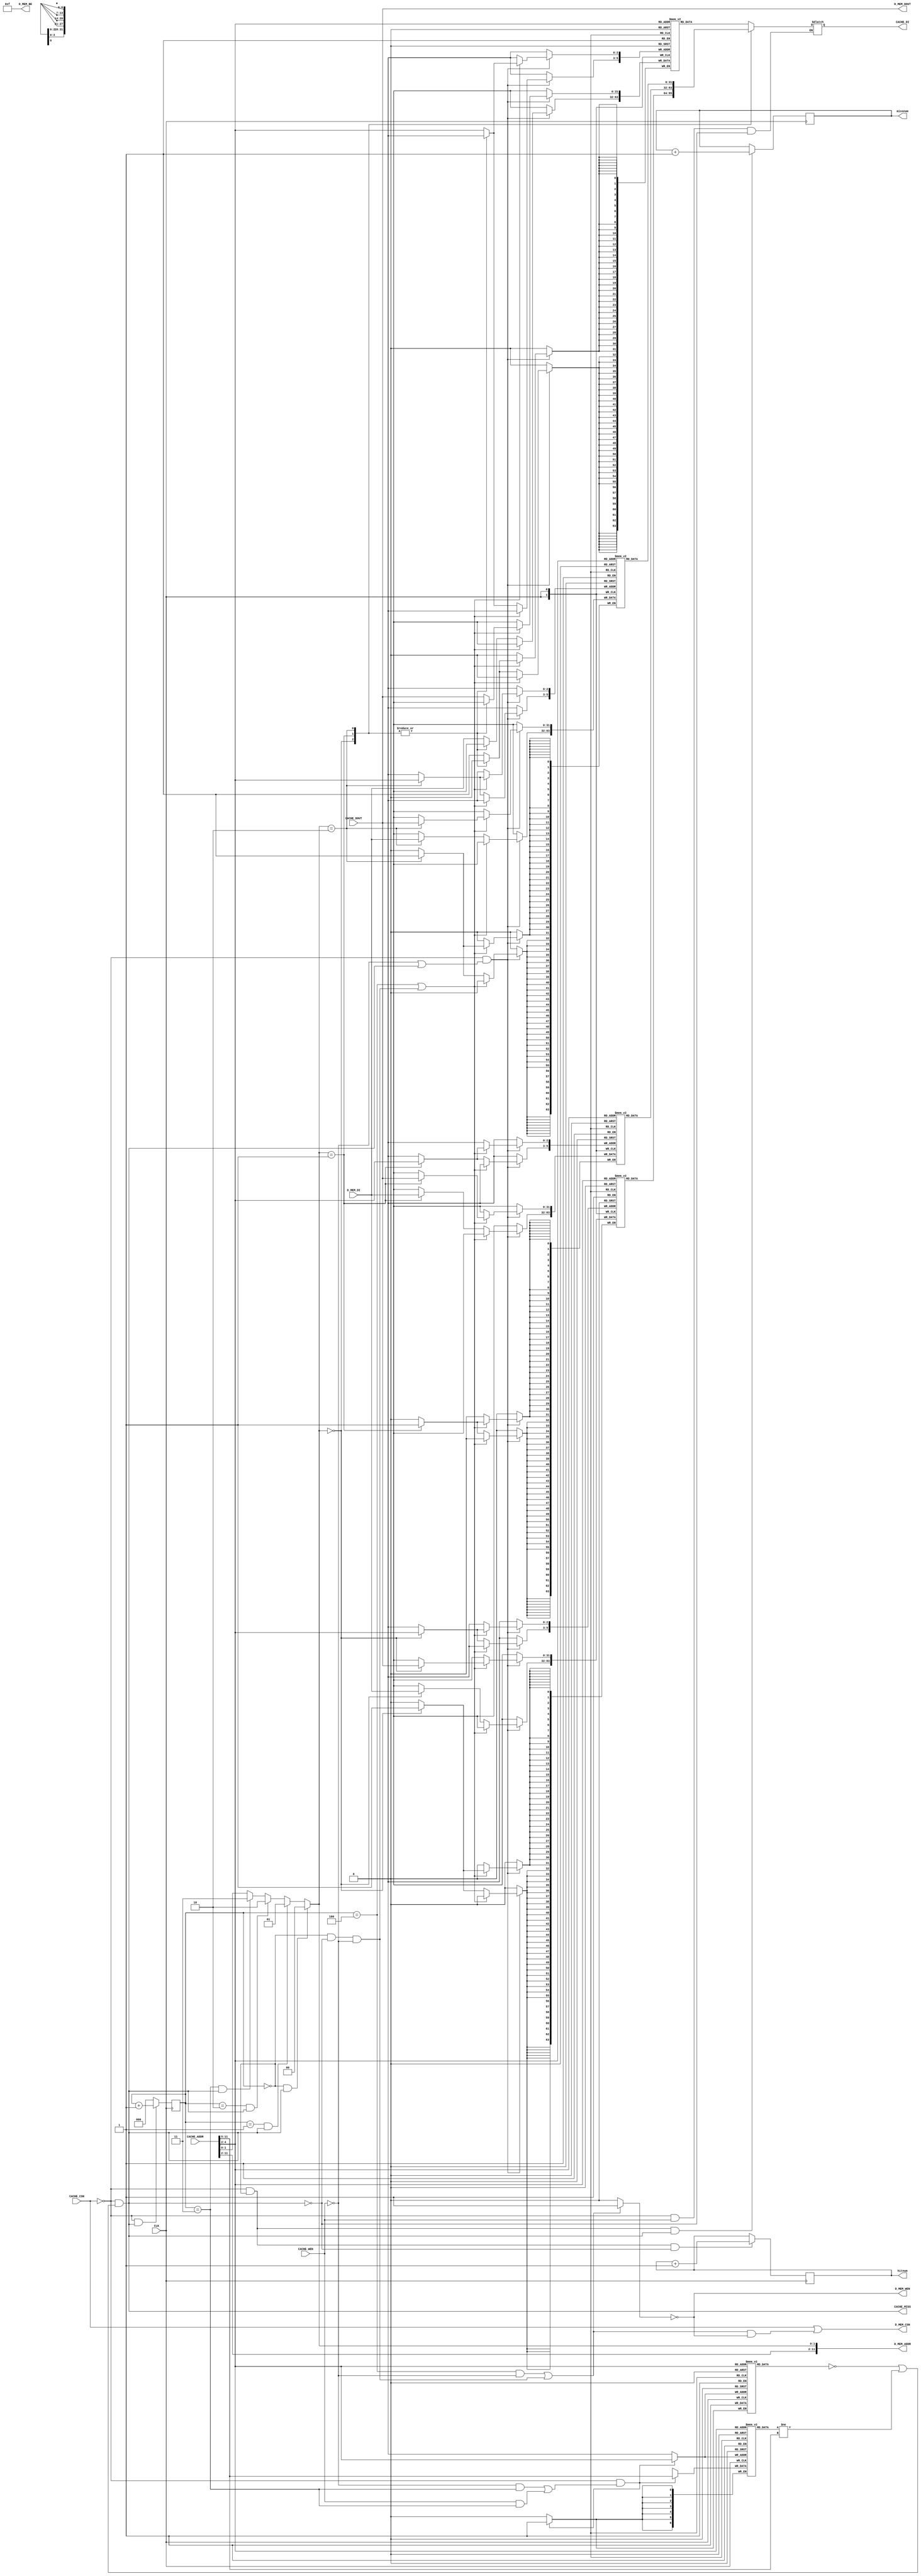
module CACHE(
	input wire CLK,
	output wire D_MEM_CSN,
	input wire [31:0] D_MEM_DI,
	output wire [31:0] D_MEM_DOUT,
	output wire [11:0] D_MEM_ADDR,
	output wire D_MEM_WEN,
	output wire [3:0] D_MEM_BE,

	input wire CACHE_CSN,
	output wire [31:0] CACHE_DI,
	input wire [31:0] CACHE_DOUT,
	input wire [11:0] CACHE_ADDR,
	input wire CACHE_WEN,
	output wire CACHE_MISS,
	output wire [31:0] hitnum,
	output wire [31:0] missnum
);

	reg		[31:0]		cacheword1[0:7];
	reg		[31:0]		cacheword2[0:7];
	reg		[31:0]		cacheword3[0:7];
	reg		[31:0]		cacheword4[0:7];
	reg		[6:0]		tag[0:7];
	reg				valid[0:7];
	wire		[2:0] 		index; 
	reg				MEMREAD;
	reg				MEMWRITE;
	reg		[11:0]		MEMADDR;
	reg		[2:0]		cycle;
	reg		[31:0]		data;
	reg		[31:0] 		HITNUM;
	reg		[31:0] 		MISSNUM;

	// MEM input and output
	assign D_MEM_BE = 4'b1111;
	assign D_MEM_CSN = CACHE_CSN || ((~MEMREAD)&& (~MEMWRITE));
	assign D_MEM_WEN = ~MEMWRITE;
	assign D_MEM_DOUT = CACHE_DOUT;
	assign D_MEM_ADDR = MEMADDR;

	// cache input and output
	assign CACHE_MISS = (~CACHE_CSN) && ((valid[index] == 1'b0) || (tag[index] != CACHE_ADDR[11:5]));
	assign CACHE_DI = data;

	// hit and miss number
	assign hitnum = HITNUM;
	assign missnum = MISSNUM;

	// valuable
	assign index = CACHE_ADDR[4:2];

	always @ (posedge CLK) begin
		if ((CACHE_CSN == 1'b0) && (CACHE_MISS == 1'b1)) cycle <= cycle + 1;
		else cycle <= 3'b0;
	end

	always @ (*) begin
		if (((cycle == 3'b100) && (CACHE_WEN == 1'b0)) || ((cycle == 3'b000) && (CACHE_MISS == 1'b0) && (CACHE_WEN == 1'b0))) MEMREAD <= 1'b0;
		else MEMREAD <= 1'b1;
	end

	always @ (*) begin
		if (((cycle == 3'b100) && (CACHE_WEN == 1'b0)) || ((cycle == 3'b000) && (CACHE_MISS == 1'b0) && (CACHE_WEN == 1'b0))) MEMWRITE <= 1'b1;
		else MEMWRITE <= 1'b0;
	end

	always @ (*) begin
		if ((cycle == 3'b000) && (CACHE_MISS == 1'b1)) MEMADDR <= {CACHE_ADDR[11:2],2'b00};
		else if ((cycle == 3'b001) && (CACHE_MISS == 1'b1)) MEMADDR <= {CACHE_ADDR[11:2],2'b01};
		else if ((cycle == 3'b010) && (CACHE_MISS == 1'b1)) MEMADDR <= {CACHE_ADDR[11:2],2'b10};
		else if ((cycle == 3'b011) && (CACHE_MISS == 1'b1)) MEMADDR <= {CACHE_ADDR[11:2],2'b11};
		else MEMADDR <= CACHE_ADDR;
	end

	// initial
	initial begin
		valid[0] <= 1'b0;
		valid[1] <= 1'b0;
		valid[2] <= 1'b0;
		valid[3] <= 1'b0;
		valid[4] <= 1'b0;
		valid[5] <= 1'b0;
		valid[6] <= 1'b0;
		valid[7] <= 1'b0;
		HITNUM <= 32'b0;
		MISSNUM <= 32'b0;
	end

	// hit and miss
	always @ (negedge CLK) begin
		if ((~CACHE_CSN) && (cycle == 3'b0) && (CACHE_MISS == 1'b1)) MISSNUM = MISSNUM + 1;
		if ((~CACHE_CSN) && (cycle == 3'b0) && (CACHE_MISS == 1'b0)) HITNUM = HITNUM + 1;
	end

	always @ (negedge CLK) begin
		// Synchronous write
		if ((~CACHE_CSN) && ((CACHE_WEN == 1'b0) || (CACHE_MISS == 1'b1))) begin
			if ((cycle == 3'b100) || ((cycle == 3'b000) && (CACHE_MISS == 1'b0) && (CACHE_WEN == 1'b0))) begin
				case (MEMADDR[1:0])
					2'b00: cacheword1[index] <= CACHE_DOUT;
					2'b01: cacheword2[index] <= CACHE_DOUT;
					2'b10: cacheword3[index] <= CACHE_DOUT;
					default: cacheword4[index] <= CACHE_DOUT;
				endcase
			end
			else begin
				case (MEMADDR[1:0])
					2'b00: cacheword1[index] <= D_MEM_DI;
					2'b01: cacheword2[index] <= D_MEM_DI;
					2'b10: cacheword3[index] <= D_MEM_DI;
					default: cacheword4[index] <= D_MEM_DI;
				endcase
			end
		end
	end

	always @ (posedge CLK) begin
		// tag and valid
		if ((~CACHE_CSN) && (((CACHE_WEN == 1'b0) && (cycle == 3'b011)) || ((CACHE_WEN == 1'b1) && (cycle == 3'b011)))) begin
			valid[index] <= 1'b1;
			tag[index] <= CACHE_ADDR[11:5];
		end
	end

	always @ (*) begin
		// Asynchronous read
		if ((~CACHE_CSN) && (CACHE_WEN == 1'b1) && (CACHE_MISS == 1'b0)) begin
			case (MEMADDR[1:0])
				2'b00: data <= cacheword1[index]; 
				2'b01: data <= cacheword2[index]; 
				2'b10: data <= cacheword3[index]; 
				default: data <= cacheword4[index]; 
			endcase
		end
	end
endmodule